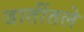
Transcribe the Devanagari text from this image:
जातींतले